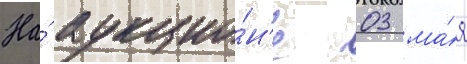
На́ аукцио́н'е 03 ма́я